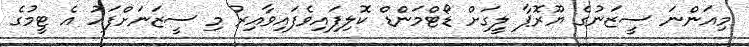
މިއަންނަ ސީޒަނުގެ ޔޫރޮޕާ ލީގަށް ޑޯޓްމަންޑް ކޮލިފައިވެފައިވާއިރު މި ސީޒަނަށްފަހު އެ ޓީމުގެ